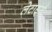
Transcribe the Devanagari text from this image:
लेटार्ड्स